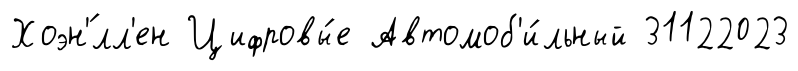
Хоэн'́лл'ен Цифровы́е Автомоб'и́льный 31122023